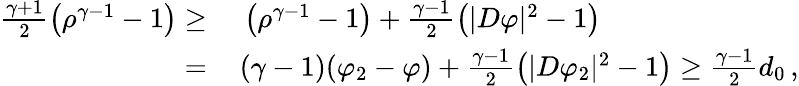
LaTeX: \begin{array}{rl}{\frac{\gamma+1}{2}\left(\rho^{\gamma-1}-1\right)\geq\, }&{{}\left(\rho^{\gamma-1}-1\right)+\frac{\gamma-1}{2}\left(|D\varphi|^{2}-1\right)}\\ {=\, }&{{}(\gamma-1)(\varphi_{2}-\varphi)+\frac{\gamma-1}{2}\left(|D\varphi_{2}|^{2}-1\right)\geq\frac{\gamma-1}{2}d_{0}\, ,}\end{array}